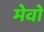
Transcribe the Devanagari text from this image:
मेवो